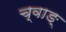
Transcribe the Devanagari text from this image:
च्वाङ्‌